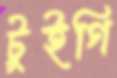
টুইগি